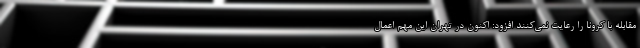
مقابله با کرونا را رعایت نمی‌کنند افزود: اکنون در تهران این مهم اعمال